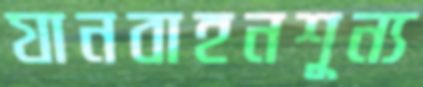
যানবাহনশূন্য